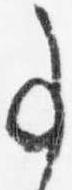
事